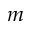
m